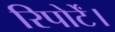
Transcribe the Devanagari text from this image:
रिपोर्टें।